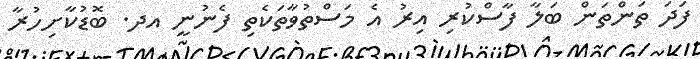
ފަދަ ތަންތަން ބަލާ ފާސްކުރި އިރު އެ މަސްތުވާތަކެތި ފެނުނީ އދ. ބޮޑުކާށިހުރާ